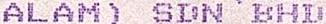
ALAM) SDN BHD